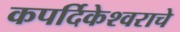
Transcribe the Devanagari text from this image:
कपर्दिकेश्वराचे